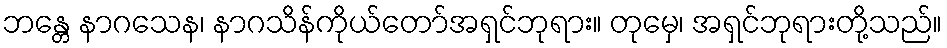
ဘန္တေ နာဂသေန၊ နာဂသိန်ကိုယ်တော်အရှင်ဘုရား။ တုမှေ၊ အရှင်ဘုရားတို့သည်။